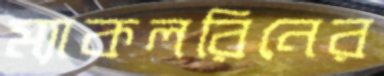
ম্যাকলরিনের